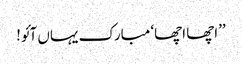
’’اچھا اچھا‘ مبارک یہاں آئو!